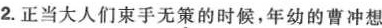
2.正当大人们束手无\underset{·}{策}的时候，年幼的曹冲想